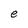
Character: e